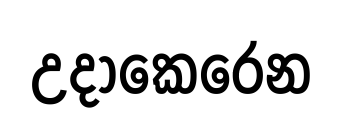
උදාකෙරෙන